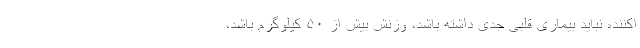
اکننده نباید بیماری قلبی جدی داشته باشد، وزنش بیش از ۵۰ کیلوگرم باشد،